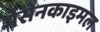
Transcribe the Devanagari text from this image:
मेसेनकाइमल